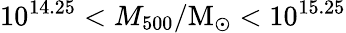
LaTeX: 10^{14.25}<M_{500}/\mathrm{M}_{\odot}<10^{15.25}